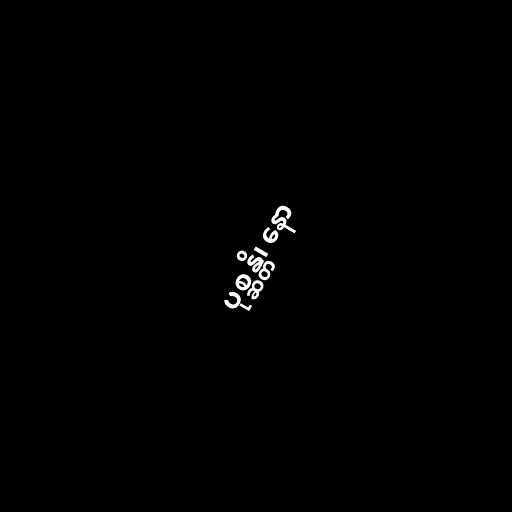
ပုစ္ဆန္တိ၊ နော